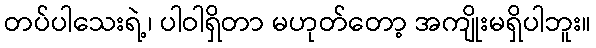
တပ်ပါသေးရဲ့၊ ပါဝါရှိတာ မဟုတ်တော့ အကျိုးမရှိပါဘူး။